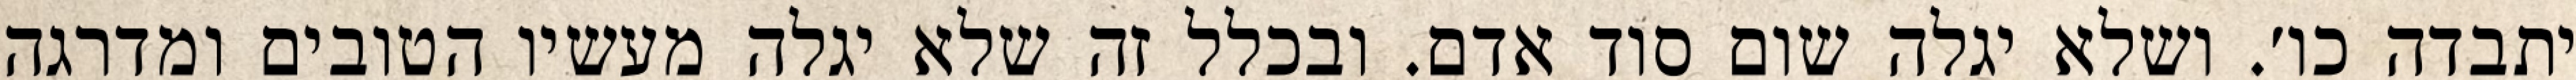
יתבדה כו׳. ושלא יגלה שום סוד אדם. ובכלל זה שלא יגלה מעשיו הטובים ומדרגה